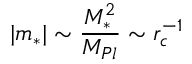
| m _ { * } | \sim \frac { M _ { * } ^ { 2 } } { M _ { P l } } \sim r _ { c } ^ { - 1 }